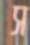
স